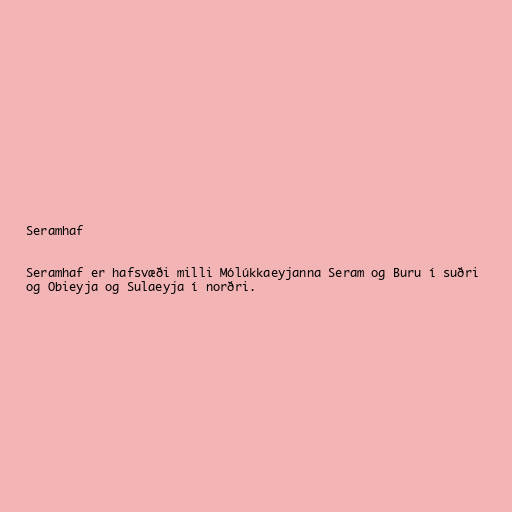
Seramhaf

Seramhaf er hafsvæði milli Mólúkkaeyjanna Seram og Buru í suðri
og Obieyja og Sulaeyja í norðri.